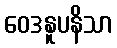
ဝေဒနူပနိသာ